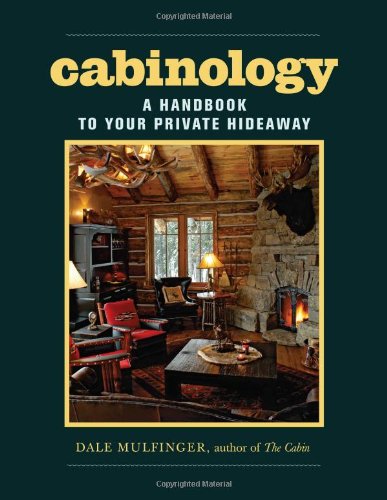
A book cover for Cabinology: A Handbook to Your Private Hideaway; Dale Mulfinger; Crafts, Hobbies & Home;